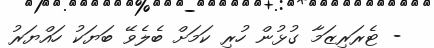
- ޓެރަރިޒަމާ ގުޅުން ހުރި ކަމަށް ބެލެވޭ ބަޔަކު ހައްޔަރު